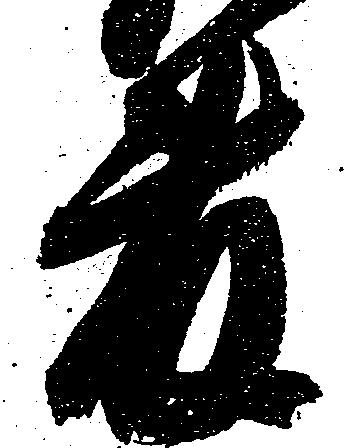
藤